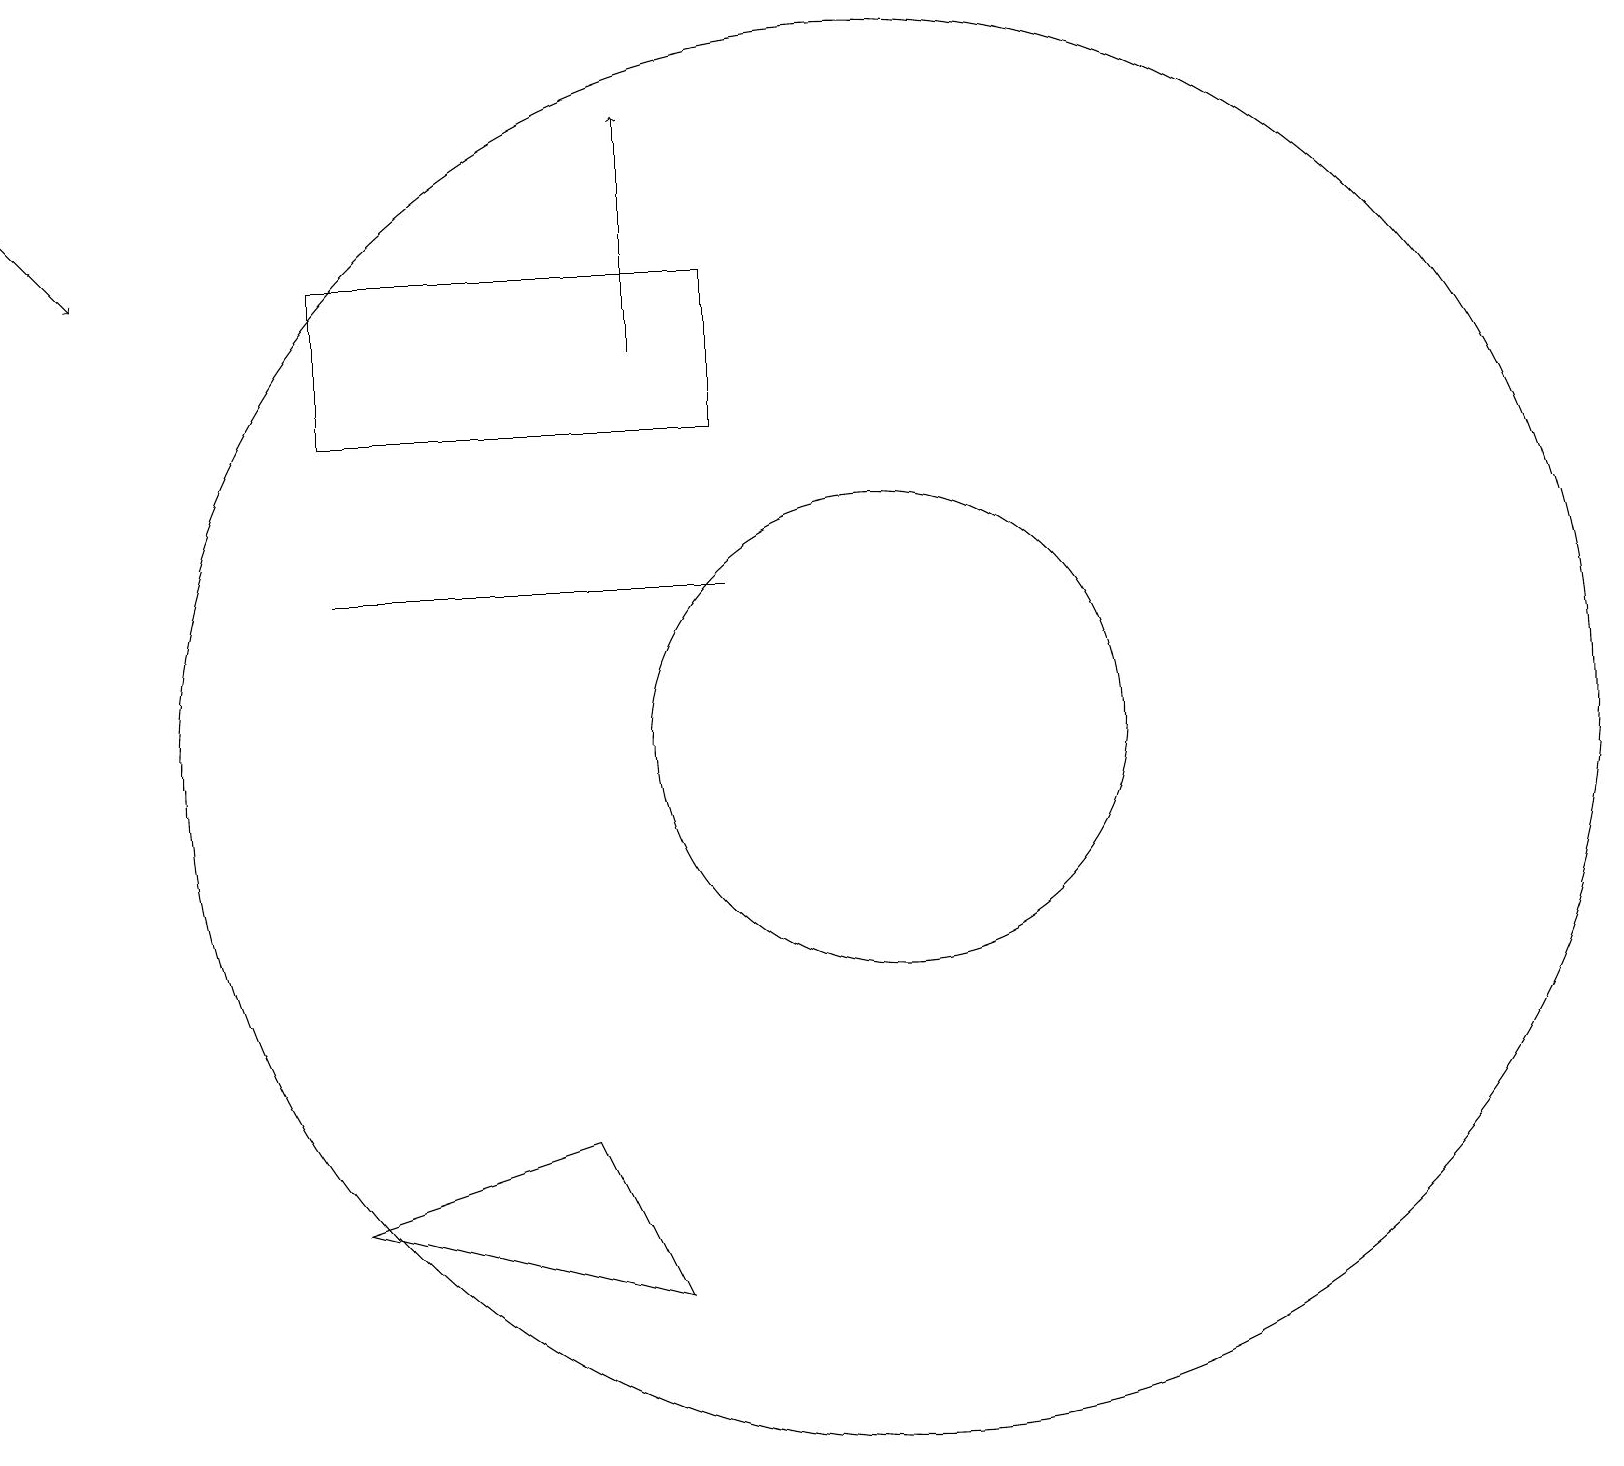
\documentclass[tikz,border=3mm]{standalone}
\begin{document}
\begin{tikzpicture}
\draw (11,11) circle (3);
\draw (11,11) circle (9);
\draw (9,13) rectangle (4,13);
\draw (8,4) -- (4,5) -- (7,6) -- cycle;
\draw[->] (8,16) -- (8,19);
\draw[->] (0,18) -- (1,17);
\draw (4,15) rectangle (9,17);
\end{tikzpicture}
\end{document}